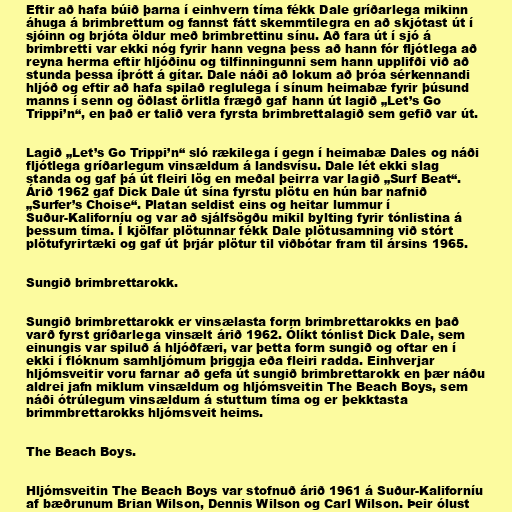
Eftir að hafa búið þarna í einhvern tíma fékk Dale gríðarlega mikinn
áhuga á brimbrettum og fannst fátt skemmtilegra en að skjótast út í
sjóinn og brjóta öldur með brimbrettinu sínu. Að fara út í sjó á
brimbretti var ekki nóg fyrir hann vegna þess að hann fór fljótlega að
reyna herma eftir hljóðinu og tilfinningunni sem hann upplifði við að
stunda þessa íþrótt á gítar. Dale náði að lokum að þróa sérkennandi
hljóð og eftir að hafa spilað reglulega í sínum heimabæ fyrir þúsund
manns í senn og öðlast örlitla frægð gaf hann út lagið „Let’s Go
Trippi’n“, en það er talið vera fyrsta brimbrettalagið sem gefið var út.

Lagið „Let’s Go Trippi’n“ sló rækilega í gegn í heimabæ Dales og náði
fljótlega gríðarlegum vinsældum á landsvísu. Dale lét ekki slag
standa og gaf þá út fleiri lög en meðal þeirra var lagið „Surf Beat“.
Árið 1962 gaf Dick Dale út sína fyrstu plötu en hún bar nafnið
„Surfer’s Choise“. Platan seldist eins og heitar lummur í
Suður-Kaliforníu og var að sjálfsögðu mikil bylting fyrir tónlistina á
þessum tíma. Í kjölfar plötunnar fékk Dale plötusamning við stórt
plötufyrirtæki og gaf út þrjár plötur til viðbótar fram til ársins 1965.

Sungið brimbrettarokk.

Sungið brimbrettarokk er vinsælasta form brimbrettarokks en það
varð fyrst gríðarlega vinsælt árið 1962. Ólíkt tónlist Dick Dale, sem
einungis var spiluð á hljóðfæri, var þetta form sungið og oftar en í
ekki í flóknum samhljómum þriggja eða fleiri radda. Einhverjar
hljómsveitir voru farnar að gefa út sungið brimbrettarokk en þær náðu
aldrei jafn miklum vinsældum og hljómsveitin The Beach Boys, sem
náði ótrúlegum vinsældum á stuttum tíma og er þekktasta
brimmbrettarokks hljómsveit heims.

The Beach Boys.

Hljómsveitin The Beach Boys var stofnuð árið 1961 á Suður-Kaliforníu
af bæðrunum Brian Wilson, Dennis Wilson og Carl Wilson. Þeir ólust